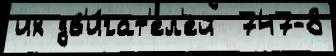
их дв'и́гат'ел'ей  747-8